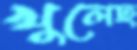
খুলেছ